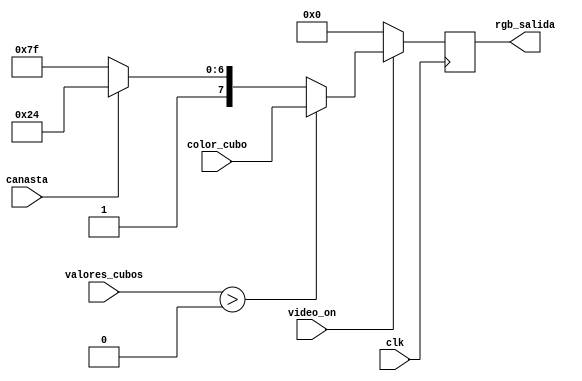
`timescale 1ns / 1ps

module MUX_RGB(
	input clk,
	input video_on,
	input canasta,
	input [4:0] valores_cubos,
	input [7:0] color_cubo,	
	output [7:0] rgb_salida	
    );
	 
	 reg [7:0] RGB_temporal;
	 
	 always @(posedge clk) 
		begin
			if(~video_on)
				RGB_temporal <= 8'b0;
			else
				begin
					if(valores_cubos > 1'b0)
						RGB_temporal <= color_cubo;
					else if(canasta)
						RGB_temporal <= 8'b10100100;
					else 
						RGB_temporal <= 8'b11111111;
				end
		 end
	 assign rgb_salida = RGB_temporal;

endmodule